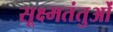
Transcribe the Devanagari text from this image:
सूक्ष्मतंतुओं